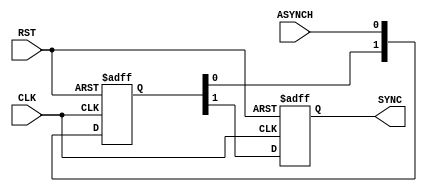
/********************************************************************************************/
/********************************************************************************************/
/**************************		Author: Alyaa Mohamed    ************************************/
/**************************		Module: BIT_SYNC	     ************************************/
/********************************************************************************************/
/********************************************************************************************/

module BIT_SYNC #(parameter NUM_STAGES = 2, BUS_WIDTH = 1)
(
    input   wire [BUS_WIDTH-1:0]    ASYNCH                          								,
    input   wire                    RST                             								,
    input   wire                    CLK                             								,

    output  reg  [BUS_WIDTH-1:0]    SYNC
);

/********************************************************************************/
/*****************************Internal Signals***********************************/

    reg          [NUM_STAGES-1:0]   register    [BUS_WIDTH-1:0]   									;
	integer 						counter															;

/********************************************************************************/
/********************************************************************************/

	always @(posedge CLK or negedge RST) 
		begin

			if(!RST)

				for (counter = 0 ; counter < BUS_WIDTH ; counter = counter + 1 ) 
					begin

						register[counter] <= 'b0													;
						SYNC[counter]	  <= 'b0													;
					
					end                            	                                                                                      
				
			else
				begin

					for (counter = 0 ; counter < BUS_WIDTH ; counter = counter + 1 ) 

						{SYNC[counter],register[counter]} <= {register[counter],ASYNCH[counter]}	;
							
				end	
		end

endmodule